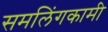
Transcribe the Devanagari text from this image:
समलिंगकामी